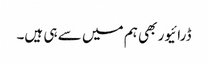
ڈرائیور بھی ہم میں سے ہی ہیں۔